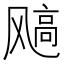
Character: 𩙮